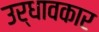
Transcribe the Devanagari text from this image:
उर्धावकार